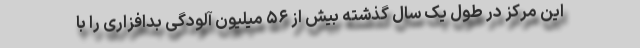
این مرکز در طول یک سال گذشته بیش از ۵۶ میلیون آلودگی بدافزاری را با